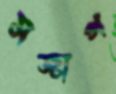
সজাগ